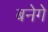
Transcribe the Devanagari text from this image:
बनेगे